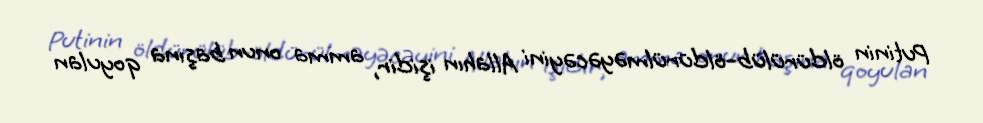
Putinin öldürülüb-öldürülməyəcəyini Allahın işidir, amma onun başına qoyulan